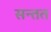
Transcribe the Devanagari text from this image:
सन्तत